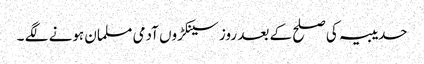
حدیبیہ کی صلح کے بعد روز سینکڑوں آدمی مسلمان ہونے لگے ۔